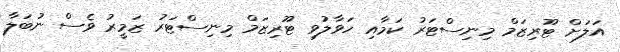
އަލަށް ޓޫރިޒަމް މިނިސްޓަރު ކަމާއި ހަވާލުވި ޓޫރިޒަމް މިނިސްޓަރު ޒަމީރު ވެސް ނުބަލާ